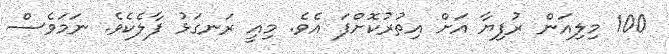
100 މިލިއަން ރުފިޔާ އަށް އިތުރުކޮށްފަ އެވެ. މިއީ ރަނގަޅު ފާލެކެވެ. ނަމަވެސް